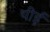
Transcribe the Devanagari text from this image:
थीई